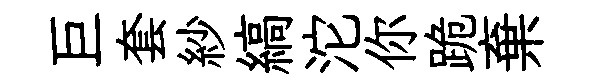
巨套紗縞沱你跪棄